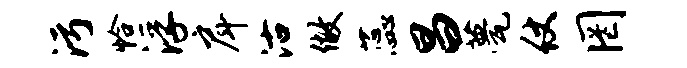
污恰浮戽沽做蕊昌甍仗罔